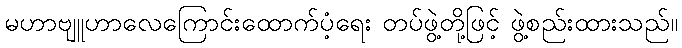
မဟာဗျူဟာလေကြောင်းထောက်ပံ့ရေး တပ်ဖွဲ့တို့ဖြင့် ဖွဲ့စည်းထားသည်။